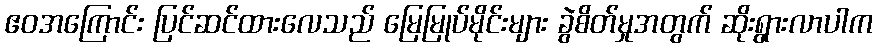
ဧဝအကြောင်း ပြင်ဆင်ထားလေသည် မြေမြုပ်မိုင်းများ ခွဲစိတ်မှုအတွက် ဆိုးရွားလာပါက